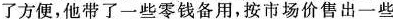
了方便，他带了一些零钱备用，按市场价售出一些